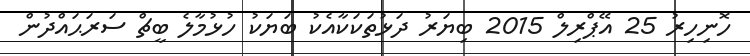
ހޮނިހިރު 25 އޭޕްރިލް 2015 ބިޔަރު ދަޅުތަކަކާއެކު ބަޔަކު ހުޅުމާލެ ބީޗް ސަރަޙައްދުން